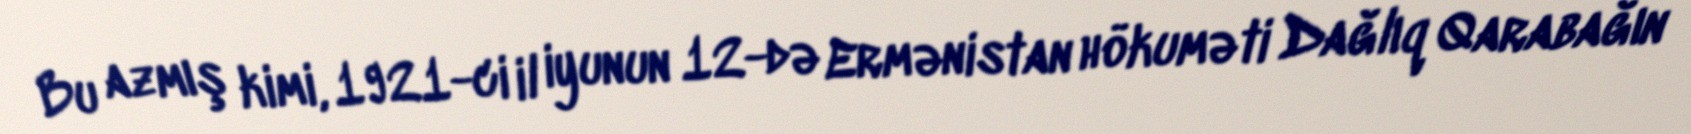
Bu azmış kimi, 1921-ci il iyunun 12-də Ermənistan hökuməti Dağlıq Qarabağın